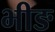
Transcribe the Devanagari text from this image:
भीङ